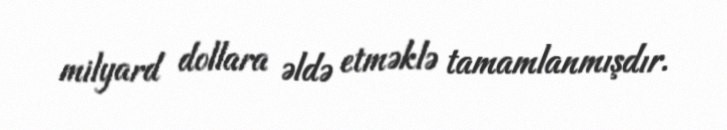
milyard dollara əldə etməklə tamamlanmışdır.